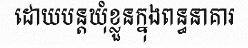
ដោយបន្តឃុំខ្លួនក្នុងពន្ធនាគារ